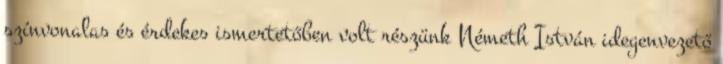
színvonalas és érdekes ismertetőben volt részünk Németh István idegenvezető